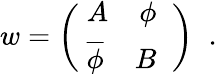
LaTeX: w=\left(\begin{array}{cc}{{\; A\; \; \; \; \phi\; \; }}\\ {{\; {\overline{{{\phi}}}}\; \; \; \; B\; \; }}\end{array}\right)\; \; .